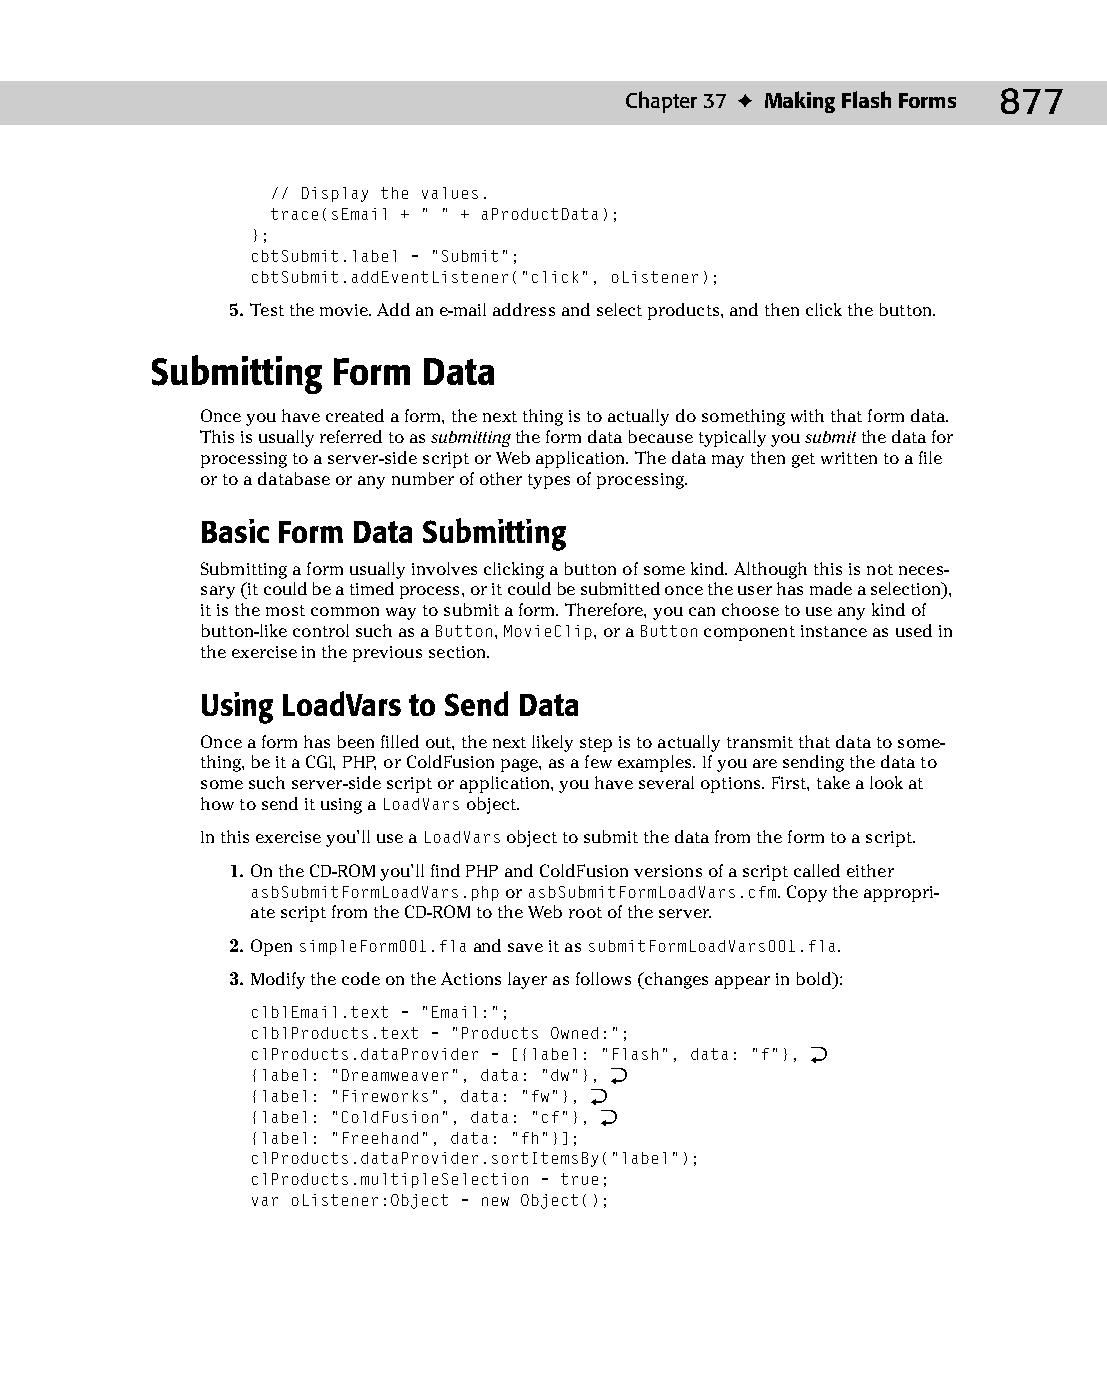
48 543547 ch37.qxd 3/24/04 4:15 PM Page 877
 Chapter 37 ✦ Making Flash Forms 877
 // Display the values.
 trace(sEmail + “ “ + aProductData);
 };
 cbtSubmit.label = “Submit”;
 cbtSubmit.addEventListener(“click”, oListener);
 5. Test the movie. Add an e-mail address and select products, and then click the button.
 Submitting  Form  Data
 Once you have created a form, the next thing is to actually do something with that form data.
 This is usually referred to as submitting the form data because typically you submit the data for
 processing to a server-side script or Web application. The data may then get written to a file
 or to a database or any number of other types of processing.
 Basic Form Data Submitting
 Submitting a form usually involves clicking a button of some kind. Although this is not neces­
 sary (it could be a timed process, or it could be submitted once the user has made a selection),
 it is the most common way to submit a form. Therefore, you can choose to use any kind of
 button-like control such as a Button, MovieClip, or a Button component instance as used in
 the exercise in the previous section.
 Using LoadVars to Send Data
 Once a form has been filled out, the next likely step is to actually transmit that data to some­
 thing, be it a CGI, PHP, or ColdFusion page, as a few examples. If you are sending the data to
 some such server-side script or application, you have several options. First, take a look at
 how to send it using a LoadVars object.
 In this exercise you’ll use a LoadVars object to submit the data from the form to a script.
 1. On the CD-ROM you’ll find PHP and ColdFusion versions of a script called either
 asbSubmitFormLoadVars.php or asbSubmitFormLoadVars.cfm. Copy the appropri­
 ate script from the CD-ROM to the Web root of the server.
 2. Open simpleForm001.fla and save it as submitFormLoadVars001.fla.
 3. Modify the code on the Actions layer as follows (changes appear in bold):
 clblEmail.text = “Email:”;
 clblProducts.text = “Products Owned:”;
 clProducts.dataProvider = [{label: “Flash”, data: “f”}, Æ
 {label: “Dreamweaver”, data: “dw”}, Æ
 {label: “Fireworks”, data: “fw”}, Æ
 {label: “ColdFusion”, data: “cf”}, Æ
 {label: “Freehand”, data: “fh”}];
 clProducts.dataProvider.sortItemsBy(“label”);
 clProducts.multipleSelection = true;
 var oListener:Object = new Object();